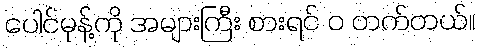
ပေါင်မုန့်ကို အများကြီး စားရင် ဝ တက်တယ်။